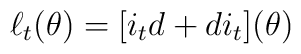
\ell_t (\theta) = [i_t d + d i_t] (\theta)